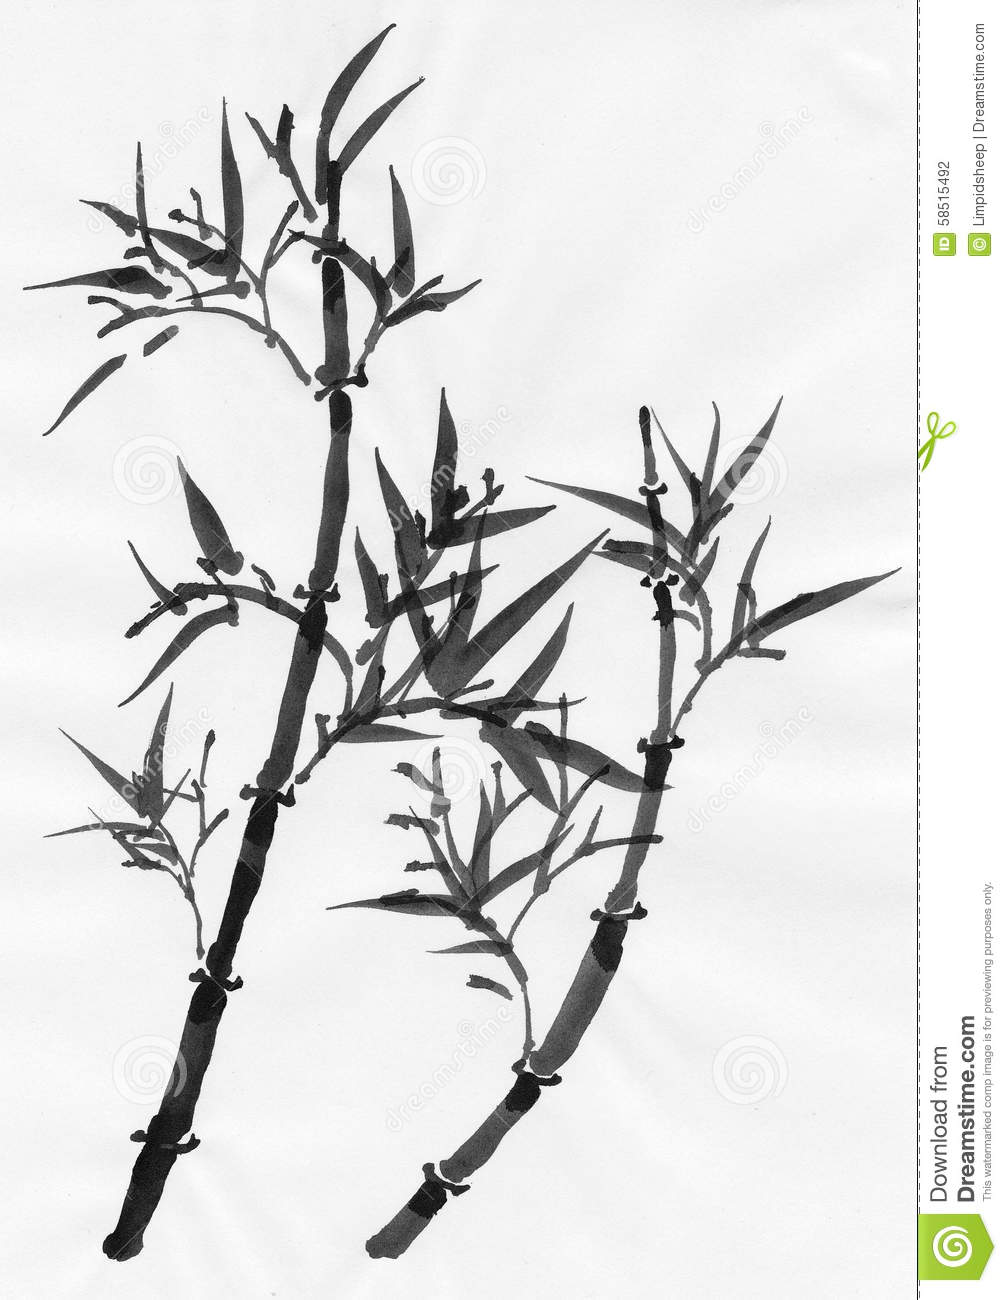
秋色到空闺，夜扫梧桐叶。